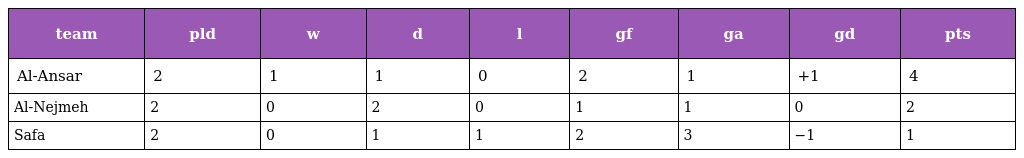
| team | pld | w | d | l | gf | ga | gd | pts |
 | --- | --- | --- | --- | --- | --- | --- | --- | --- |
 | Al-Ansar | 2 | 1 | 1 | 0 | 2 | 1 | +1 | 4 |
 | Al-Nejmeh | 2 | 0 | 2 | 0 | 1 | 1 | 0 | 2 |
 | Safa | 2 | 0 | 1 | 1 | 2 | 3 | −1 | 1 |